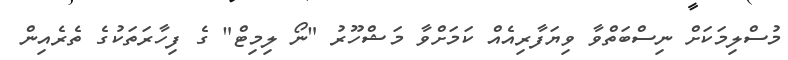
މުސްލިމަކަށް ނިސްބަތްވާ ވިޔަފާރިއެއް ކަމަށްވާ މަޝްހޫރު "ނޯ ލިމިޓް" ގެ ފިހާރަތަކުގެ ތެރެއިން